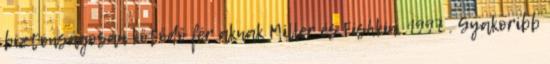
biztonságosan kötődő férﬁaknak Miller és Fishkin, 1997 . Gyakoribb